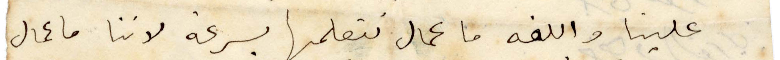
علينا واللغة ما عمال نتعلمها بسرعة لأننا ما عمال